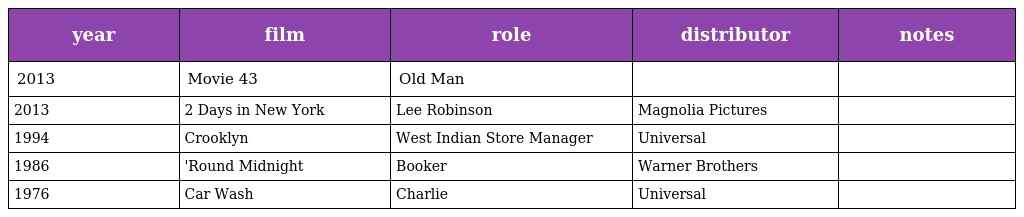
| year | film | role | distributor | notes |
 | --- | --- | --- | --- | --- |
 | 2013 | Movie 43 | Old Man |  |  |
 | 2013 | 2 Days in New York | Lee Robinson | Magnolia Pictures |  |
 | 1994 | Crooklyn | West Indian Store Manager | Universal |  |
 | 1986 | 'Round Midnight | Booker | Warner Brothers |  |
 | 1976 | Car Wash | Charlie | Universal |  |